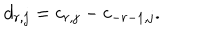
d _ { r , j } = c _ { r , j } - c _ { - r - 1 , j } .